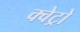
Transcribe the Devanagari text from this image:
क्वेट्रो